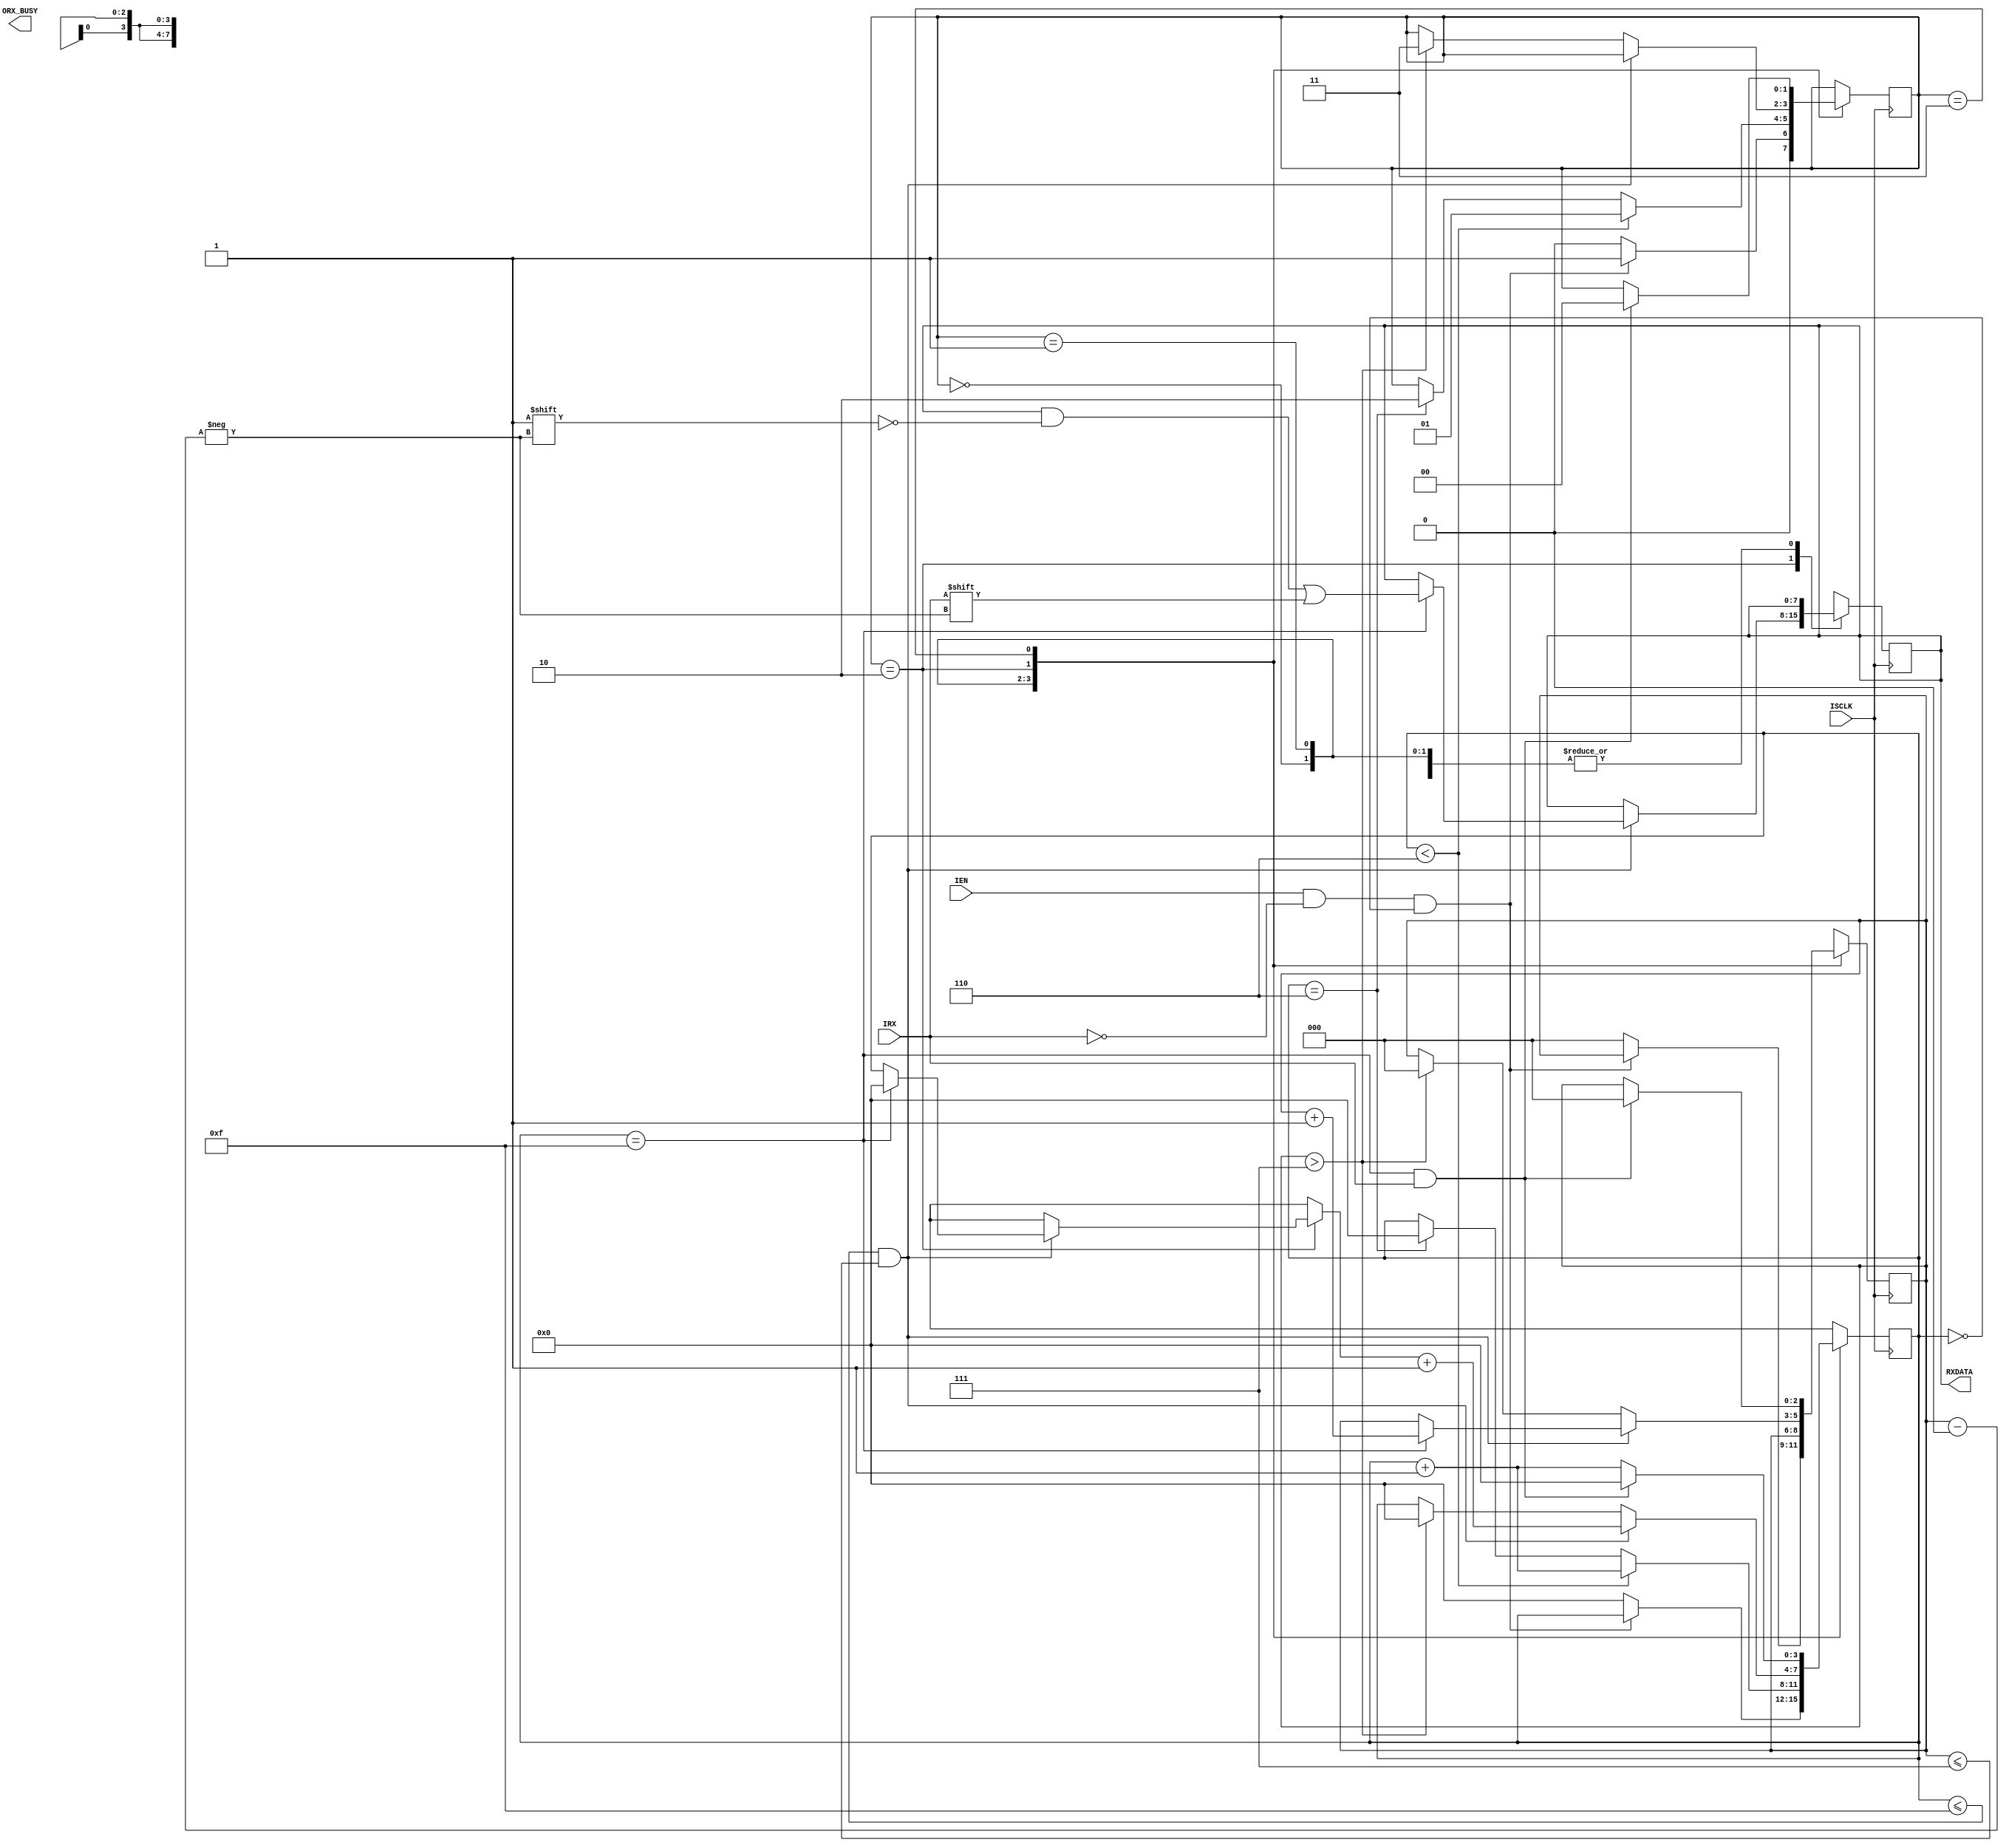
module UART_RX(
input IRX,
input IEN,
input ISCLK,
output reg[7:0] RXDATA=8'h00,
output ORX_BUSY
);
reg[1:0] CSTATE =2'b00 ;
parameter STATE_IDLE = 2'b00;
parameter STATE_START= 2'b01;
parameter STATE_DATA = 2'b10;
parameter STATE_STOP = 2'b11;
reg[3:0] SCOUNTER=4'b0000;
reg[2:0] BITCOUNTER = 3'b000;

always@(posedge ISCLK)
begin

case(CSTATE)

STATE_IDLE: begin
			if(IEN &&(IRX==0)&&(SCOUNTER==0)) begin
				 CSTATE <= STATE_START ; 	
				
			         end else 
					begin CSTATE<= STATE_IDLE ; SCOUNTER=0;BITCOUNTER=0; end




	 end




STATE_START: begin
			
			if(SCOUNTER < 4'b0110)begin
			SCOUNTER = SCOUNTER + 1'b1 ; 
			CSTATE <= STATE_START;
			end else if(SCOUNTER ==4'b0110 ) begin
					CSTATE<= STATE_DATA ;
					SCOUNTER = 0 ; 	
				 end 

	 end



STATE_DATA: begin
			if(SCOUNTER <= 4'b1111 &&BITCOUNTER <= 3'b111)begin
				if(SCOUNTER == 4'b1111)begin
					RXDATA[BITCOUNTER]<=IRX ;	
					BITCOUNTER = BITCOUNTER +1 ; 
					SCOUNTER = 0;
					
					end
					SCOUNTER = SCOUNTER+1 ;
				end 
						else if (BITCOUNTER > 3'b111) begin 
								CSTATE <= STATE_STOP ; 
								SCOUNTER = 0 ;	
								BITCOUNTER = 0 ;
							end
end




STATE_STOP: begin 
if (SCOUNTER==4'b1111 && IRX == 1)begin 
	CSTATE<= STATE_IDLE ;
	SCOUNTER =0 ; BITCOUNTER =0;
end 

else begin SCOUNTER = SCOUNTER +1 ; end
end






endcase


end





endmodule